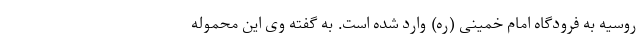
روسیه به فرودگاه امام خمینی (ره) وارد شده است. به گفته وی این محموله